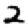
Digit: 2